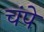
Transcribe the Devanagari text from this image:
चंपे